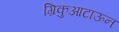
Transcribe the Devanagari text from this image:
ग्रिकुआटाऊन